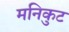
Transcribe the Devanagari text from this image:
मनिकुट